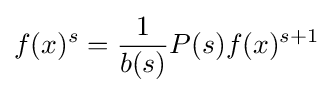
f(x)^{s}={1 \over b(s)}P(s)f(x)^{s+1}